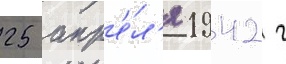
25 апр'е́л'я 1942 г